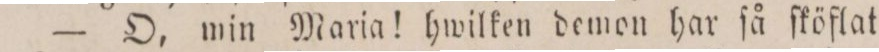
— O, min Maria! hwilken demon har ſå ſköflat